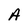
Character: A